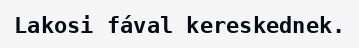
Lakosi fával kereskednek.